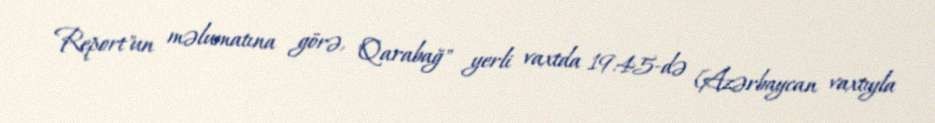
Report"un məlumatına görə, "Qarabağ" yerli vaxtda 19:45-də (Azərbaycan vaxtıyla